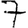
Digit: 7